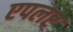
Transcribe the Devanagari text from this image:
एपलर